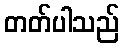
တတ်ပါသည်